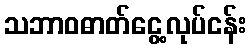
သဘာဝဓာတ်ငွေ့လုပ်ငန်း